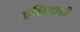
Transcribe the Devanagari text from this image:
एशियाली